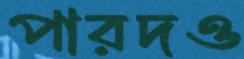
পারদও